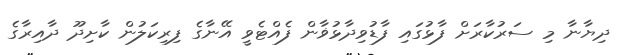
ދިޔާނާ މި ސަރުކާރަށް ފާޅުގައި ފާޑުވިދާޅުޥާން ފެއްޓެވީ އޭނާގެ ފިރިކަލުން ކާށިދޫ ދާއިރާގެ